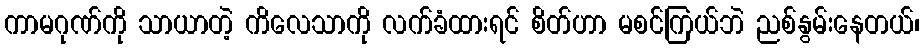
ကာမဂုဏ်ကို သာယာတဲ့ ကိလေသာကို လက်ခံထားရင် စိတ်ဟာ မစင်ကြယ်ဘဲ ညစ်နွမ်းနေတယ်၊